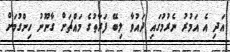
އަދި އެ އަމުރު ނެރުމުގައި ދައުވާ ލިބޭ ފަރާތުގެ މައްޗަށް ގާނޫނު ހިންގުމަށް